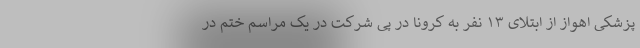
پزشکی اهواز از ابتلای ۱۳ نفر به کرونا در پی شرکت در یک مراسم ختم در